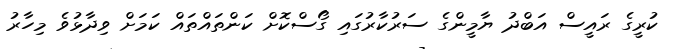
ކުރީގެ ރައީސް އަބްދު ޔާމީންގެ ސަރުކާރުގައި ގޯސްކޮށް ކަންތައްތައް ކަމަށް ވިދާޅުވެ މިހާރު